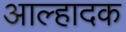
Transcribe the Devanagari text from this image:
आल्हादक